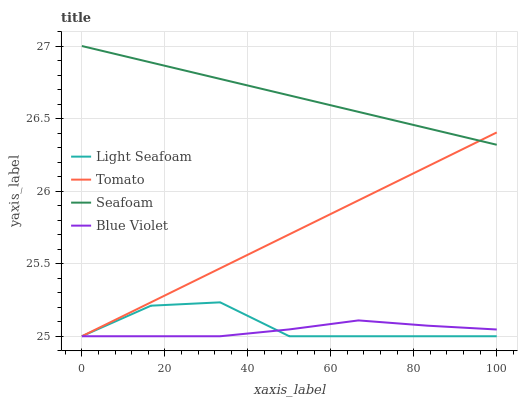
| xaxis_label | Light Seafoam | Tomato | Seafoam | Blue Violet |
 | --- | --- | --- | --- | --- |
 | 0 | 25 | 25 | 27 | 25 |
 | 16.7 | 25.2 | 25.2 | 26.9 | 25 |
 | 33.3 | 25.2 | 25.5 | 26.8 | 25 |
 | 50 | 25 | 25.7 | 26.7 | 25 |
 | 66.7 | 25 | 25.9 | 26.5 | 25.1 |
 | 83.3 | 25 | 26.2 | 26.4 | 25.1 |
 | 100 | 25 | 26.4 | 26.3 | 25 |